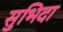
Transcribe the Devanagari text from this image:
सुभिदा